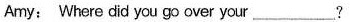
Amy: Where did you go over your___?